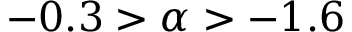
- 0 . 3 > { \alpha } > - 1 . 6